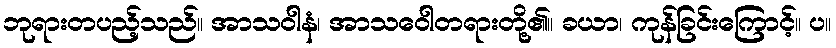
ဘုရားတပည့်သည်။ အာသဝါနံ၊ အာသဝေါတရားတို့၏။ ခယာ၊ ကုန်ခြင်းကြောင့်။ ပ။